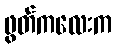
ဖွတ်ကလေးက